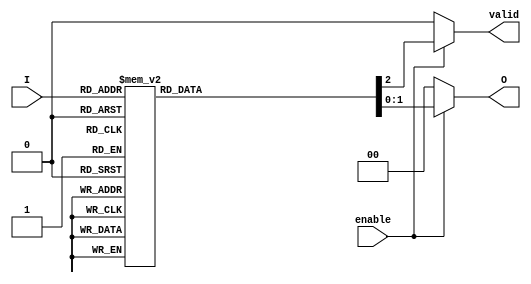
module encoder_4to2 (
    input wire [3:0] I,      // 4-bit input
    input wire enable,        // Enable signal
    output reg [1:0] O,      // 2-bit output
    output reg valid          // Valid signal indicating valid encoding
);

always @(*) begin
    if (!enable) begin
        O = 2'b00;            // Default state when disabled
        valid = 1'b0;        // Invalid output
    end else begin
        case (I)
            4'b0001: begin
                O = 2'b00;    // Input I0 is active
                valid = 1'b1;
            end
            4'b0010: begin
                O = 2'b01;    // Input I1 is active
                valid = 1'b1;
            end
            4'b0100: begin
                O = 2'b10;    // Input I2 is active
                valid = 1'b1;
            end
            4'b1000: begin
                O = 2'b11;    // Input I3 is active
                valid = 1'b1;
            end
            4'b0011: begin
                O = 2'b01;    // I1 or I0 active, output highest = I1
                valid = 1'b1;
            end
            4'b0110: begin
                O = 2'b10;    // I2 or I1 active, output highest = I2
                valid = 1'b1;
            end
            4'b1001: begin
                O = 2'b11;    // I3 or I0 active, output highest = I3
                valid = 1'b1;
            end
            4'b1010: begin
                O = 2'b11;    // I3 or I1 active, output highest = I3
                valid = 1'b1;
            end
            4'b1100: begin
                O = 2'b11;    // I3 or I2 active, output highest = I3
                valid = 1'b1;
            end
            default: begin
                O = 2'b00;    // No valid input case
                valid = 1'b0; // Invalid output
            end
        endcase
    end
end

endmodule